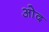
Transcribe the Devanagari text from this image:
ओद